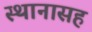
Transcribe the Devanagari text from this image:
स्थानासह